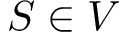
S \in V